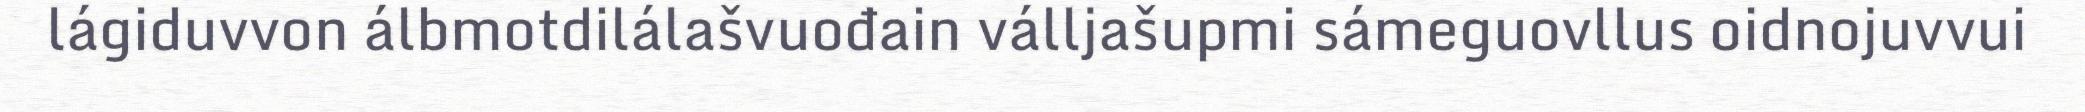
lágiduvvon álbmotdilálašvuođain válljašupmi sámeguovllus oidnojuvvui